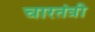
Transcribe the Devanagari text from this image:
चारतंत्री